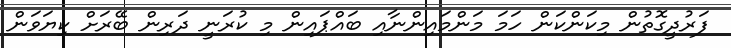
ފަރުދީގޮތުން މިކަންކަން ހަމަ މަންމައިންނާއި ބައްޕައިން މި ކުރަނީ ދަރިން ބޭރަށް ކިޔަވަން